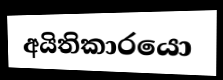
අයිතිකාරයො